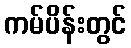
ကမ်ပိန်းတွင်